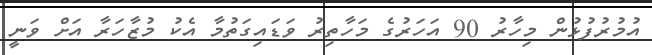
އުމުރުފުޅުން މިހާރު 90 އަހަރުގެ މަހާތިރު ވަޑައިގަތުމާ އެކު މުޒާހަރާ އަށް ވަނީ